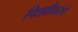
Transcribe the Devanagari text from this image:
पिशवीकरांचे